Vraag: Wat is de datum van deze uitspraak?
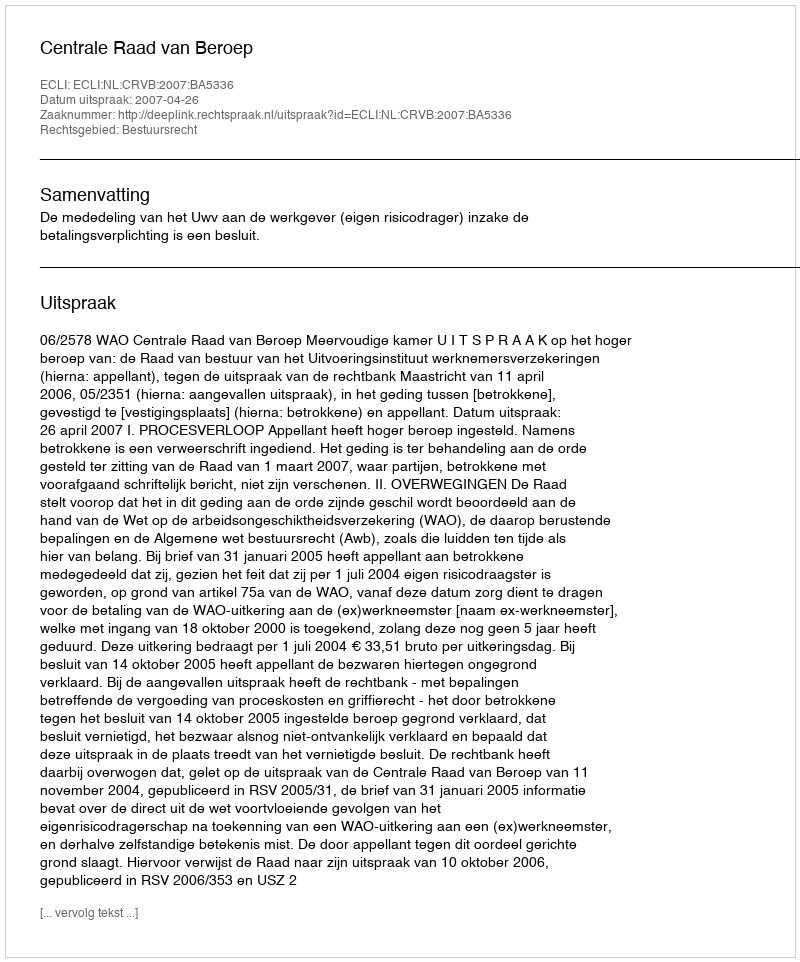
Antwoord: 2007-04-26